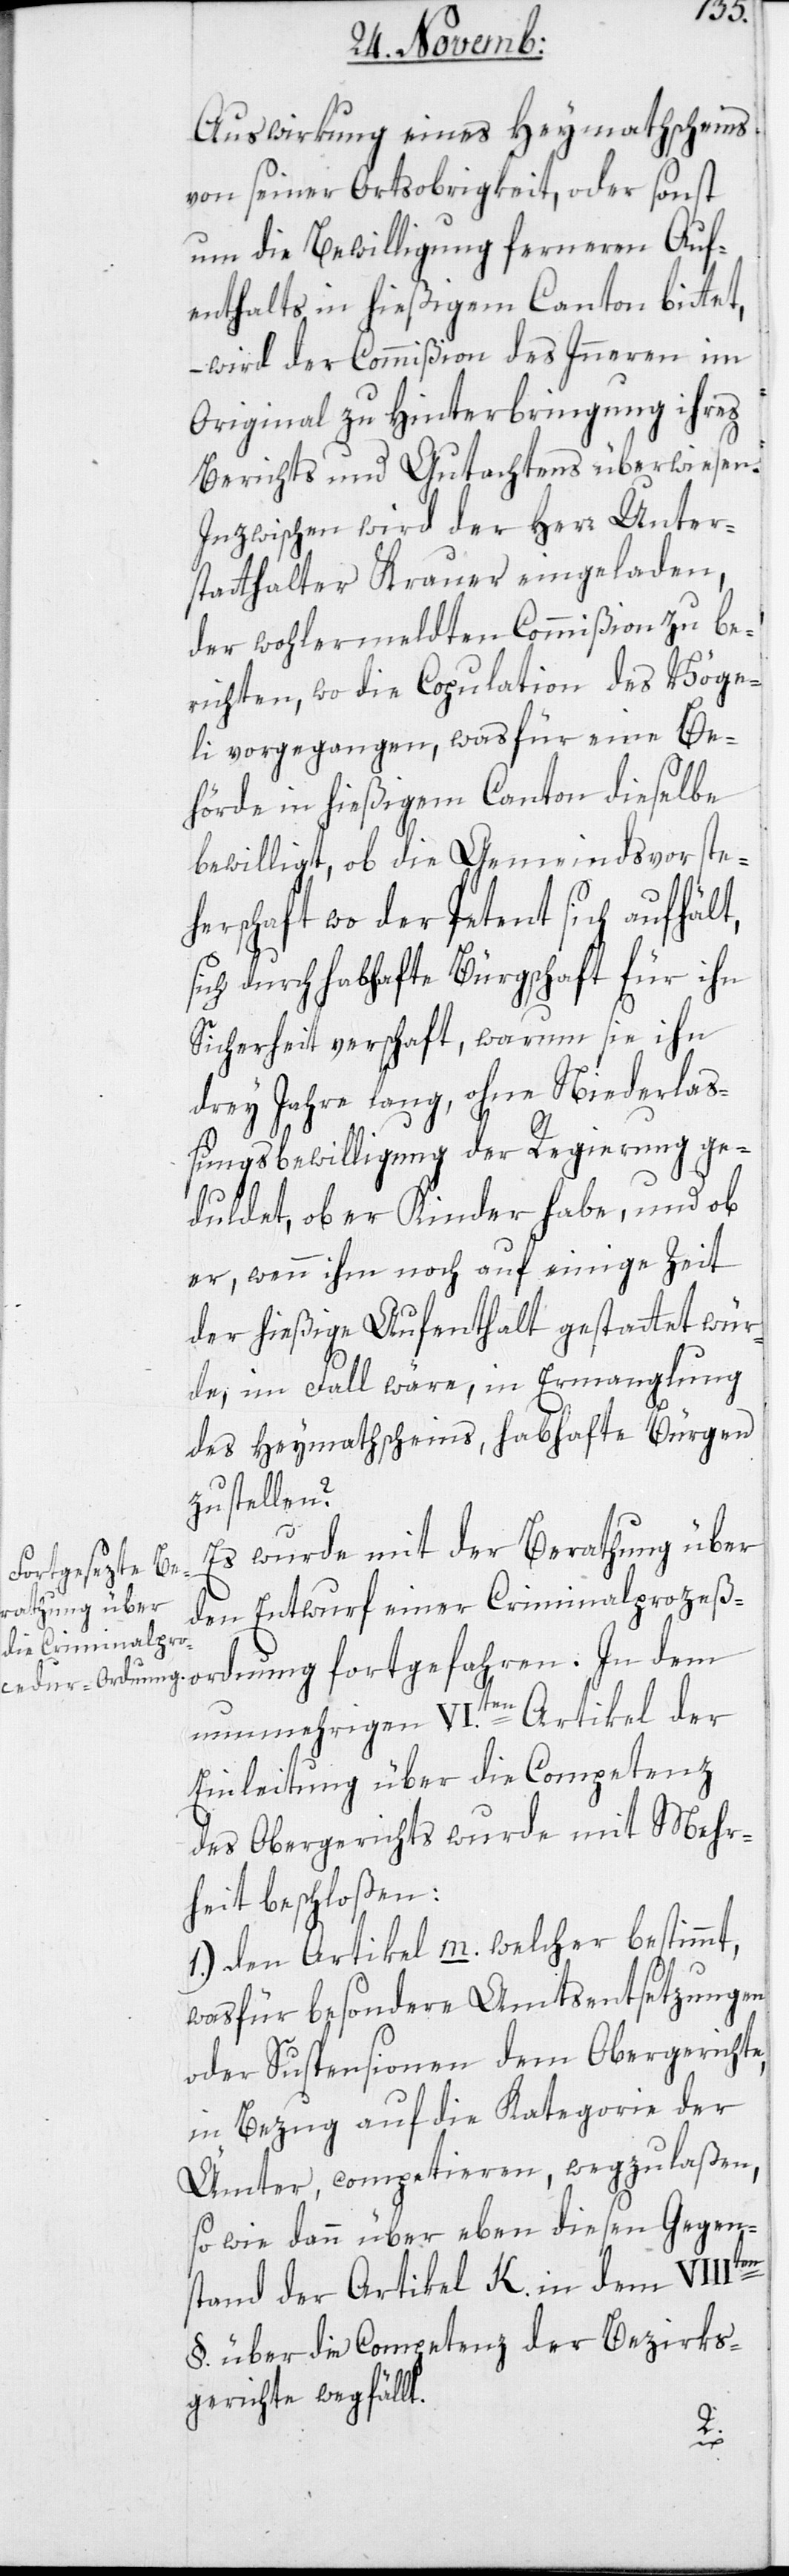
Auswirkung eines Heymathscheins
von seiner Ortsobrigkeit, oder sonst
um die Bewilligung ferneren Auf¬
enthalts in hießigem Canton bittet,
– wird der Commißion des Inneren im
Original zu Hinterbringung ihres
Berichts und Gutachtens überwiesen.
Inzwischen wird der Herr Unter¬
statthalter Krauer eingeladen,
der wohlbemeldten Commißion zu be¬
richten, wo die Copulation des Vöge¬
li vorgegangen, was für eine Be¬
hörde in hießigem Canton dieselbe
bewilligt, ob die Gemeindsvorsteh¬
erschaft, wo der Petent sich aufhält,
sich durch habhafte Bürgschaft für ihn
Sicherheit verschafft, warum sie ihn
drey Jahre lang, ohne Niederlaß¬
ungsbewilligung der Regierung ge¬
duldet, ob er Kinder habe, und ob
er, wenn ihm noch auf einige Zeit
der hießige Aufenthalt gestattet wür¬
de, im Fall wäre, in Ermangelung
des Heymathscheins, habhafte Bürgen
zu stellen?
Es wurde mit der Berathung über
den Entwurf einer Criminalproceß¬
ordnung fortgefahren. In dem
nunmehrigen VI.ten Artikel der
Einleitung über die Competenz
des Obergerichts wurde mit Mehr¬
heit beschloßen:
1.) Den Artikel m welcher bestimmt,
was für besondere Amtsentsetzungen
oder Suspensionen dem Obergerichte,
in Bezug auf die Kategorie der
Ämter, competieren, wegzulaßen,
so wie dann über eben diesen Gegen¬
stand der Artikel K. in dem VIIIten
§. über die Competenz der Bezirks¬
gerichte wegfällt.